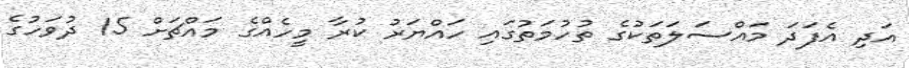
އަދި އެފަދަ މައްސަލަތަކުގެ ތުހުމަތުގައި ހައްޔަރު ކުރާ މީހެއްގެ މައްޗަށް 15 ދުވަހުގެ